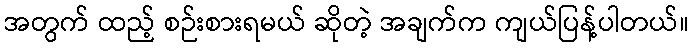
အတွက် ထည့် စဉ်းစားရမယ် ဆိုတဲ့ အချက်က ကျယ်ပြန့်ပါတယ်။